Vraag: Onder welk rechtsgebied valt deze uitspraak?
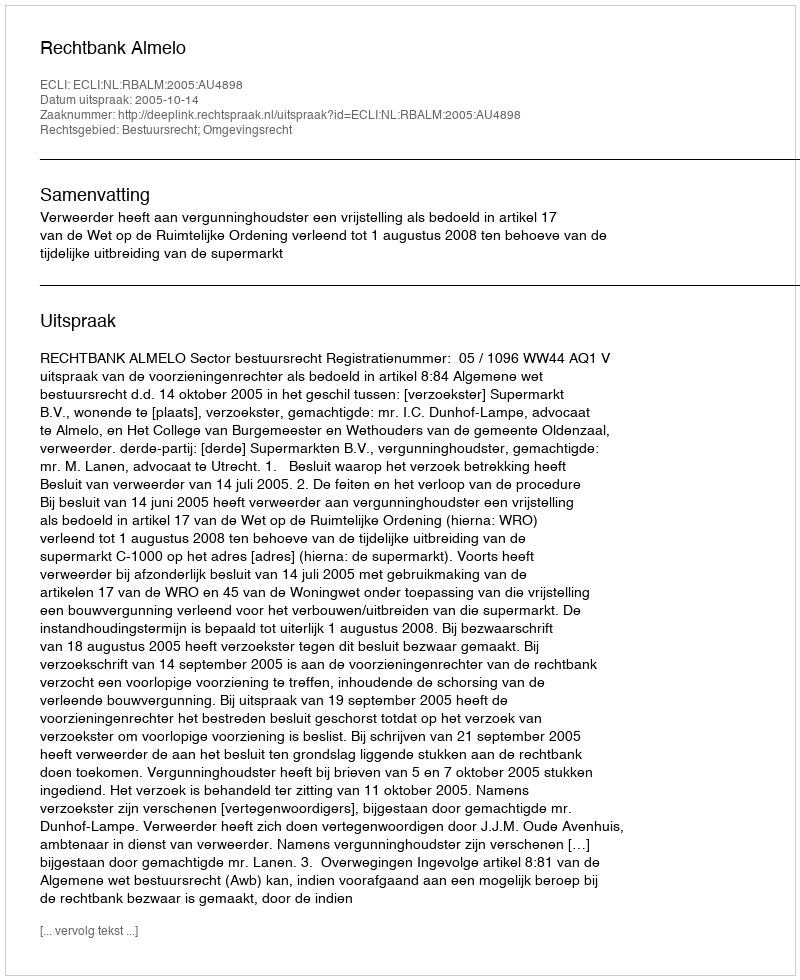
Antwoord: Bestuursrecht; Omgevingsrecht